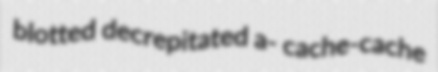
blotted decrepitated a- cache-cache